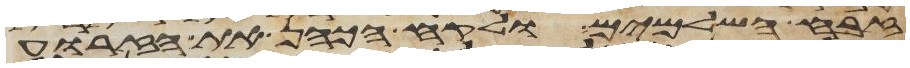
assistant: זבח השלמים ולקח הכהן את הזרוע